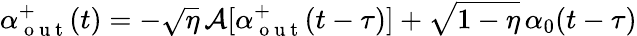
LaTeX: \alpha_{\mathrm{~o~u~t~}}^{+}(t)=-\sqrt{\eta}\, \mathcal{A}[\alpha_{\mathrm{~o~u~t~}}^{+}(t-\tau)]+\sqrt{1-\eta}\, \alpha_{0}(t-\tau)